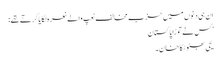
ان ہی دنوں میں حزب مخالف نعپ والے نعرہ لگایا کرتے تھے:
’ کس نے توڑا پاکستان
یحی بھٹو ٹکا خان۔